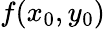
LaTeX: f(x_{0},y_{0})